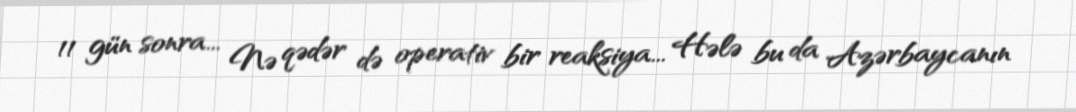
11 gün sonra... Nə qədər də operativ bir reaksiya... Hələ bu da Azərbaycanın